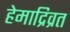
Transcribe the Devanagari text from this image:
हेमाद्रिव्रत